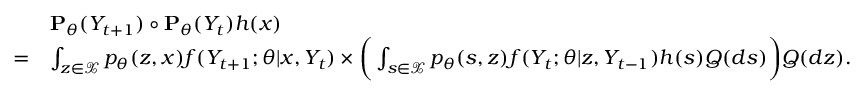
\begin{array} { r l } & { { \bf P } _ { \theta } ( Y _ { t + 1 } ) \circ { \bf P } _ { \theta } ( Y _ { t } ) h ( x ) } \\ { = } & { \int _ { z \in \mathcal { X } } p _ { \theta } ( z , x ) f ( Y _ { t + 1 } ; \theta | x , Y _ { t } ) \times \bigg ( \int _ { s \in \mathcal { X } } p _ { \theta } ( s , z ) f ( Y _ { t } ; \theta | z , Y _ { t - 1 } ) h ( s ) Q ( d s ) \bigg ) Q ( d z ) . } \end{array}